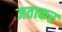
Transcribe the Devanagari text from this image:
जताकर